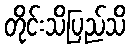
တိုင်းသိပြည်သိ